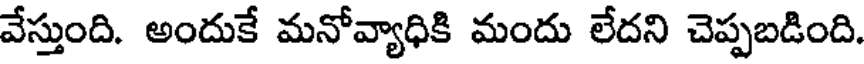
వేస్తుంది. అందుకే మనోవ్యాధికి మందు లేదని చెప్పబడింది.